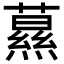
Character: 𦿌